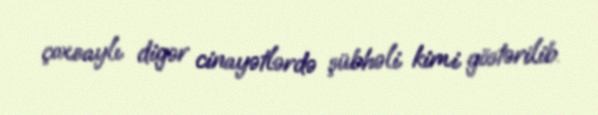
çoxsaylı digər cinayətlərdə şübhəli kimi göstərilib.